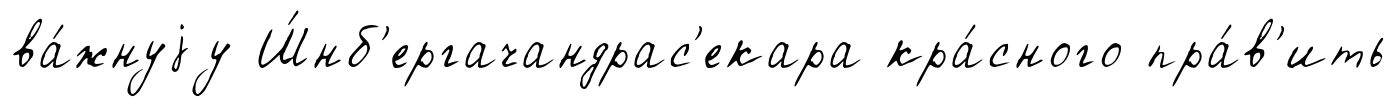
ва́жнуjу Ш́нб'ергачандрас'екара кра́сного пра́в'ить